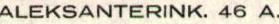
ALEKSANTERINK. 46 A